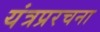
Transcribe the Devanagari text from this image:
यंत्रप्ररचना